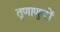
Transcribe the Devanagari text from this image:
तृणाणुवों